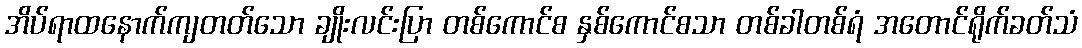
အိပ်ရာထနောက်ကျတတ်သော ချိုးလင်းပြာ တစ်ကောင်စ နှစ်ကောင်စသာ တစ်ခါတစ်ရံ အတောင်ရိုက်ခတ်သံ